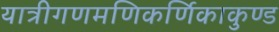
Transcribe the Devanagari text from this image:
यात्रीगणमणिकर्णिकाकुण्ड